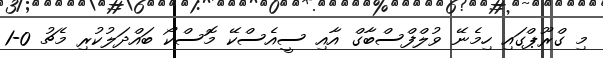
މި ގްރޫޕްގައި ހިމެނޭ ވުލްފްސްބާގް އާއި ސީއެސްކޭ މޮސްކޯ ބައްދަލުކުރި މެޗު 0-1